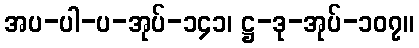
အပ-ပါ-ပ-အုပ်-၁၄၁၊ ဋ္ဌ-ဒု-အုပ်-၁၀၇။